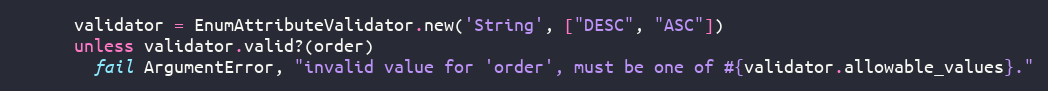
Language: Ruby
      validator = EnumAttributeValidator.new('String', ["DESC", "ASC"])
      unless validator.valid?(order)
        fail ArgumentError, "invalid value for 'order', must be one of #{validator.allowable_values}."